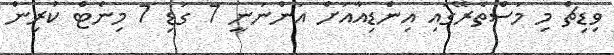
ވިޑިޗް މި މަސްތެރޭގައި އިންޑިއާއަށް އަންނަނީ 7 ގަޑި 7 މިނެޓް ކުރިން